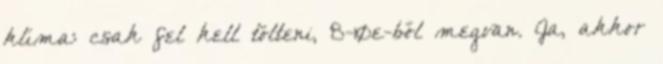
klíma: csak fel kell tölteni, 8-10e-ből megvan. Ja, akkor